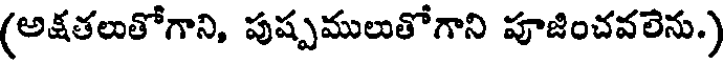
(అక్షతలుతోగాని, పుష్పములుతోగాని పూజించవలెను.)